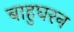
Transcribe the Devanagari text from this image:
बाहुघरन